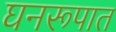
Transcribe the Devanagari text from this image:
घनरूपात